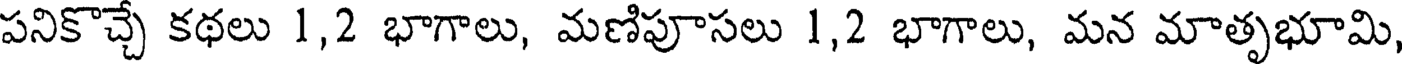
పనికొచ్చే కథలు 1,2 భాగాలు, మణిపూసలు 1,2 భాగాలు, మన మాతృభూమి